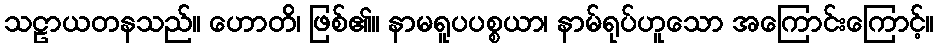
သဠာယတနသည်။ ဟောတိ၊ ဖြစ်၏။ နာမရူပပစ္စယာ၊ နာမ်ရုပ်ဟူသော အကြောင်းကြောင့်။